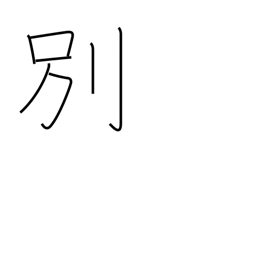
Meaning: diverge